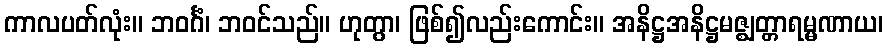
ကာလပတ်လုံး။ ဘဝင်္ဂံ၊ ဘဝင်သည်။ ဟုတွာ၊ ဖြစ်၍လည်းကောင်း။ အနိဋ္ဌအနိဋ္ဌမဇ္ဈတ္တာရမ္မဏာယ၊